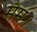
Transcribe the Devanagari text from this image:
मैम।